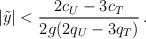
\begin{align*}|\tilde y| < {2 c_U - 3 c_T \over 2g( 2 q_U- 3 q_T) }\,.\end{align*}